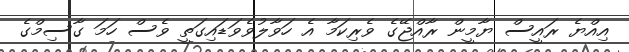
އިއްޔެ ރައީސް ޔާމީން ރާއްޖޭގެ ވެރިކަމާ އެ ހަވާލުވެވަޑައިގަތީ ވެސް ހަމަ ގާސިމްގެ